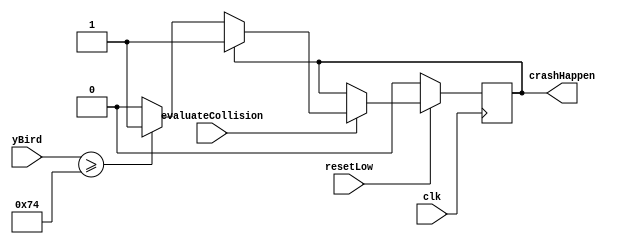
module collisionSurface(evaluateCollision, yBird, resetLow, clk, crashHappen);
	input evaluateCollision;
	input [6:0] yBird;

	input resetLow;
	input clk;
	output reg crashHappen;
	
	always@(posedge clk)
	if (!resetLow)
		crashHappen <= 1'b0;
	else
	begin
		if (evaluateCollision)
		begin
			if (crashHappen == 0)
			begin
				if (yBird >= 7'd116)
					crashHappen <= 1'b1;
				else
					crashHappen <= 1'b0;
			end
			else
				crashHappen <= 1'b1;
		end
	end
	
endmodule